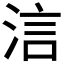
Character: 𣵧